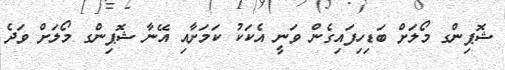
ޝޮޕިންގ މޯލަށް ބަޑިހިފައިގެން ވަނީ އެކަކު ކަމަށާއި އޭނާ ޝޮޕިންގ މޯލަށް ވަދެ